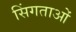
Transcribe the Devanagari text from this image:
सिंगताओं